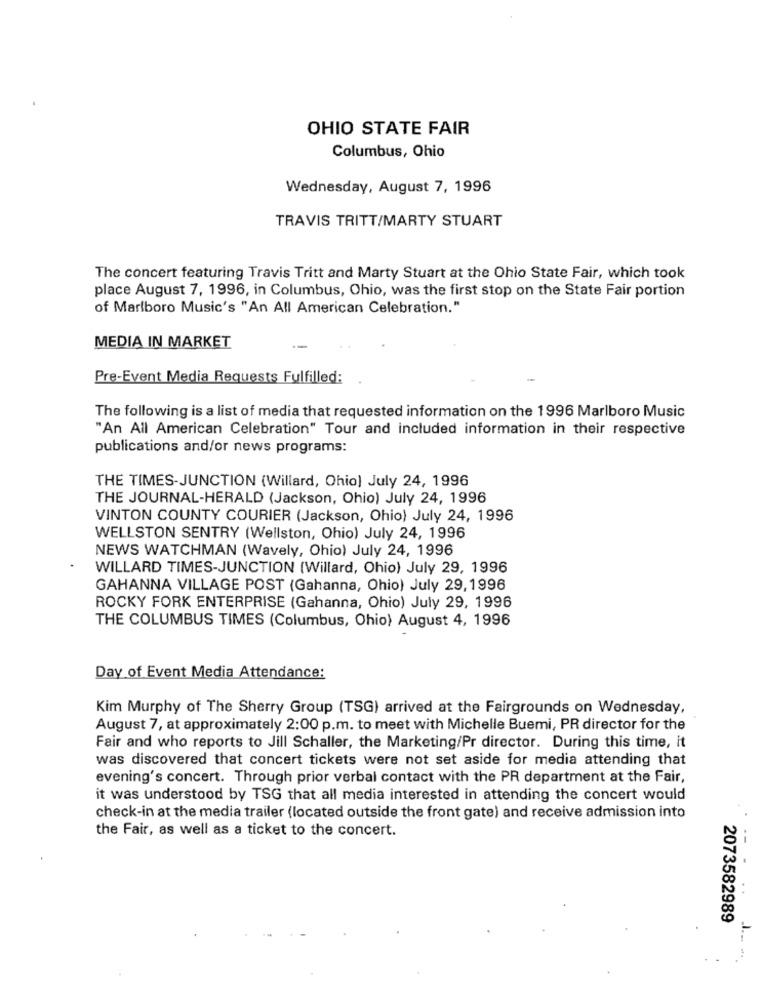
OHIO STATE FAIR
Columbus, Ohio
Wednesday, August 7, 1996
TRAVIS TRITT/MARTY STUART
The concert featuring Travis Tritt and Marty Stuart at the Ohio State Fair, which took
place August 7, 1996, in Columbus, Ohio, was the first stop on the State Fair portion
of Marlboro Music's "An All American Celebration."
MEDIA IN MARKET
Pre-Event Media Requests Fulfilled:
The following is a list of media that requested information on the 1996 Marlboro Music
"An All American Celebration" Tour and included information in their respective
publications and/or news programs:
THE TIMES-JUNCTION (Willard, Ohio) July 24, 1996
THE JOURNAL-HERALD (Jackson, Ohio) July 24, 1996
VINTON COUNTY COURIER (Jackson, Ohio) July 24, 1996
WELLSTON SENTRY (Wellston, Ohio) July 24, 1996
NEWS WATCHMAN (Wavely, Ohio) July 24, 1996
WILLARD TIMES-JUNCTION (Willard, Ohio) July 29, 1996
GAHANNA VILLAGE POST (Gahanna, Ohio) July 29,1996
ROCKY FORK ENTERPRISE (Gahanna, Ohio) July 29, 1996
THE COLUMBUS TIMES (Columbus, Ohio) August 4, 1996
Day of Event Media Attendance:
Kim Murphy of The Sherry Group (TSG) arrived at the Fairgrounds on Wednesday,
August 7, at approximately 2:00 p.m. to meet with Michelle Buemi, PR director for the
Fair and who reports to Jill Schaller, the Marketing/Pr director. During this time, it
was discovered that concert tickets were not set aside for media attending that
evening's concert. Through prior verbal contact with the PR department at the Fair,
it was understood by TSG that all media interested in attending the concert would
check-in at the media trailer (located outside the front gate) and receive admission into
the Fair, as well as a ticket to the concert.
--
2073582989